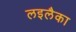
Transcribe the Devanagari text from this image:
लइलैका